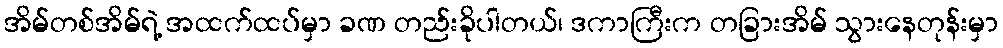
အိမ်တစ်အိမ်ရဲ့ အထက်ထပ်မှာ ခဏ တည်းခိုပါတယ်၊ ဒကာကြီးက တခြားအိမ် သွားနေတုန်းမှာ